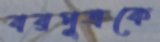
বরপুত্রকে